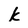
Character: k